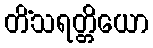
တိံသရတ္တိယော